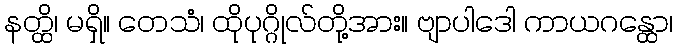
နတ္ထိ၊ မရှိ။ တေသံ၊ ထိုပုဂ္ဂိုလ်တို့အား။ ဗျာပါဒေါ ကာယဂန္ထော၊